Report of the veterinary officer investigating camel disease
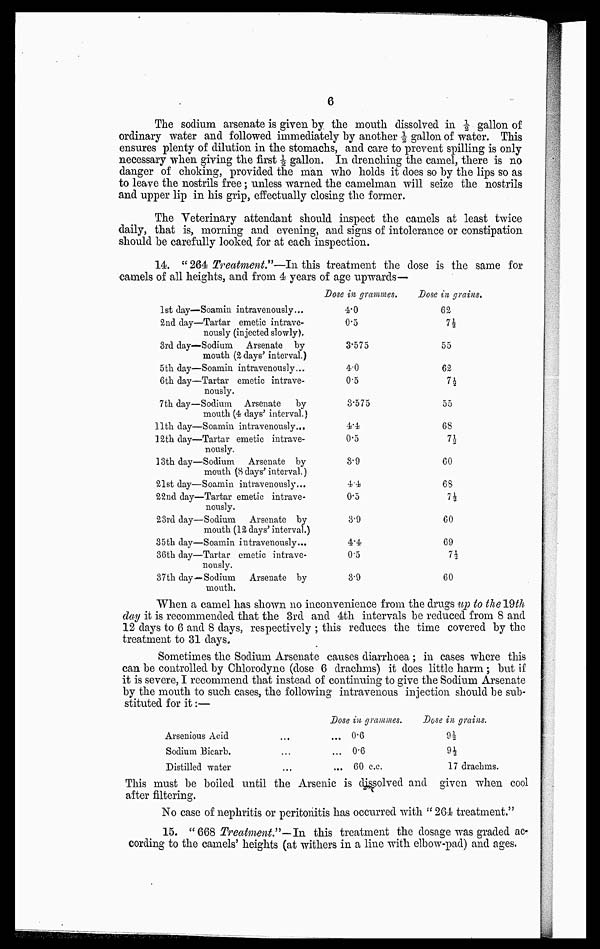
6
The sodium arsenate is given by the mouth dissolved in ½ gallon of
ordinary water and followed immediately by another ½ gallon of water. This
ensures plenty of dilution in the stomachs, and care to prevent spilling is only
necessary when giving the first ½ gallon. In drenching the camel, there is no
danger of choking, provided the man who holds it does so by the lips so as
to leave the nostrils free ; unless warned the camelman will seize the nostrils
and upper lip in his grip, effectually closing the former.
The Veterinary attendant should inspect the camels at least twice
daily, that is, morning and evening, and signs of intolerance or constipation
should be carefully looked for at each inspection.
14. " 264 Treatment."—In this treatment the dose is the same for
camels of all heights, and from 4 years of age upwards—
Dose in grammes.
Dose in grains.
1st (day—Soamin intravenously...
2nd day—Tartar emetic intrave-
nously (injected slowly).
3rd day—Sodium Arsenate by
mouth (2 days' interval.)
5th day—Soamin intravenously...
6th day—Tartar emetic intrave-
nously.
7th day—Sodium Arsenate
by
mouth (4 days' interval.)
11th day—Soamin intravenously...
12th day—Tartar emetic intrave-
nously.
13th day—Sodium Arsenate by
mouth (8 days' interval.)
21st day—Soamin intravenously...
22nd day—Tartar emetic intrave-
nously.
23rd day—Sodium Arsenate by
mouth (12 days' interval.)
35th day—Soamin intravenously...
36th day—Tartar emetic intrave-
nously.
37th day— Sodium Arsenate by
mouth.
4.0
0.5
3.575
4.0
0.5
3.575
4.4
0.5
3.9
4.4
0.5
3.9
4.4
0.5
3.9
62
7½
55
62
7½
55
68
7½
60
68
7½
60
69
7½
60
When a camel has shown no inconvenience from the drugs up to the 19th
day it is recommended that the 3rd and 4th intervals be reduced from 8 and
12 days to 6 and 8 days, respectively ; this reduces the time covered by the
treatment to 31 days.
Sometimes the Sodium Arsenate causes diarrhoea ; in cases where this
can be controlled by Chlorodyne (dose 6 drachms) it does little harm ; but if
it is severe, I recommend that instead of continuing to give the Sodium Arsenate
by the mouth to such cases, the following intravenous injection should be sub-
stituted for it :—
Dose in grammes.
Dose in grains.
Arsenious Acid...
Sodium Bicarb.
Distilled water...
0.6
0.6
60 c.c.
9½
9½
17 drachms.
This must be boiled until the Arsenic is dissolved and given when cool
after filtering.
No case of nephritis or peritonitis has occurred with " 264 treatment."
15. "668 Treatment"—In this treatment the dosage was graded ac-
cording to the camels' heights (at withers in a line with elbow-pad) and ages.